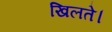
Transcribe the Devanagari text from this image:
खिलते।